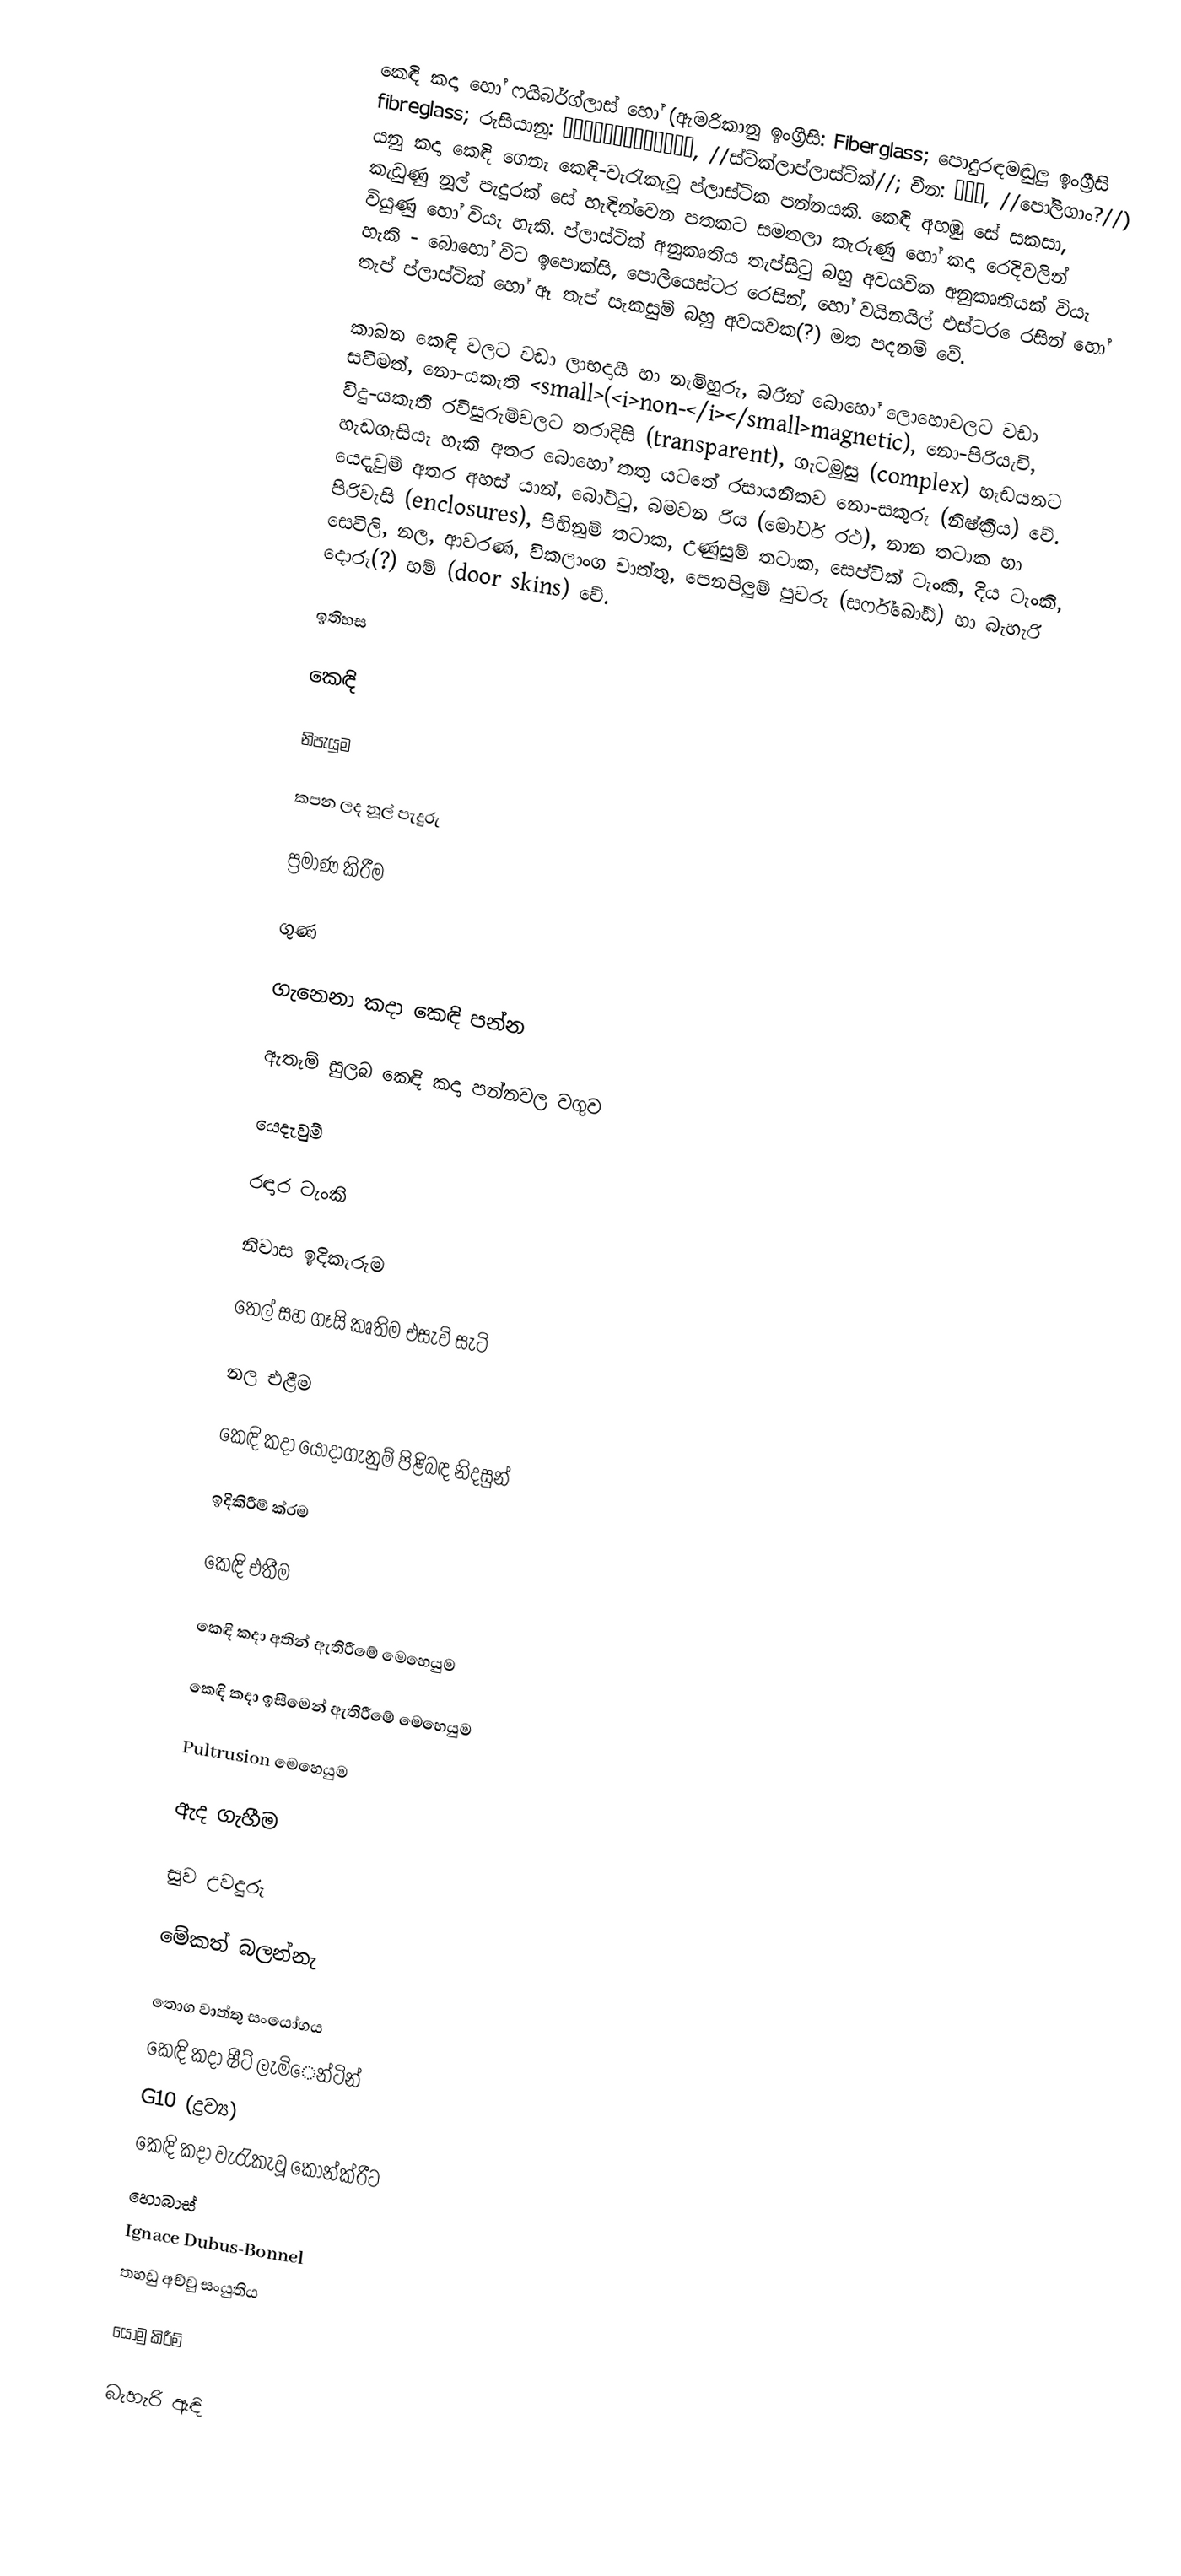
කෙඳි කදා හෝ ෆයිබර්ග්ලාස් හෝ (ඇමරිකානු ඉංග්‍රීසි: Fiberglass; පොදුරඳමඬුලු ඉංග්‍රීසි fibreglass; රුසියානු: Стеклопластик, //ස්ටික්ලාප්ලාස්ටික්//; චීන: 玻璃鋼, //පෝලීගාං?//) යනු කදා කෙඳි ගෙනැ කෙඳි-වැරැකැවූ ප්ලාස්ටික පන්නයකි. කෙඳි අහඹු සේ සකසා, කැඩුණු නූල් පැදුරක් සේ හැඳින්වෙන පතකට සමතලා කැරුණු හෝ කදා රෙදිවලින් වියුණු හෝ වියැ හැකි. ප්ලාස්ටික් අනුකෘතිය තැප්සිටු බහු අවයවික අනුකෘතියක් වියැ හැකි - බොහෝ විට ඉපොක්සි, පොලියෙස්ටර රෙසින්, හෝ වයිනයිල් එස්ටර ෙරසින් හෝ තැප් ප්ලාස්ටික් හෝ ඈ තැප් සැකසුම් බහු අවයවක(?) මත පදනම් වේ.

කාබන කෙඳි වලට වඩා ලාභදායී හා නැමිහුරු, බරින් බොහෝ ලොහොවලට වඩා සවිමත්, නො-යකැති <small>(<i>non-</i></small>magnetic), නො-පිරියැවි, විදු-යකැති රවිසුරුම්වලට තරාදිසි (transparent), ගැටමුසු (complex) හැඩයනට හැඩගැසියැ හැකි අතර බොහෝ තතු යටතේ රසායනිකව නො-සකුරු (නිෂ්ක්‍රීය) වේ. යෙදැවුම් අතර අහස් යාන්, බෝට්ටු, බමවන රිය (මෝටර් රථ), නාන තටාක හා පිරිවැසි (enclosures), පිහිනුම් තටාක, උණුසුම් තටාක, සෙප්ටික් ටැංකි, දිය ටැංකි, සෙවිලි, නල, ආවරණ, විකලාංග වාත්තු, පෙනපිලුම් පුවරු (සර්ෆ්බෝඩ්) හා බැහැරි දොරු(?) හම් (door skins) වේ.

ඉතිහස

කෙඳි

නිපැයුම

කපන ලද නූල් පැදුරු

ප්‍රමාණ කිරීම

ගුණ

ගැනෙනා කදා කෙඳි පන්න

ඇතැම් සුලබ කෙඳි කදා පන්නවල වගුව

යෙදැවුම්

රඳාර ටැංකි

නිවාස ඉදිකැරුම

තෙල් සහ ගෑසි කෘතිම එසැවි සැටි

නල එළීම

කෙඳි කදා යොදාගැනුම් පිළිබඳ නිදසුන්

ඉදිකිරීම් ක්රම

කෙඳි එතීම

කෙඳි කදා අතින් ඇතිරීමේ මෙහෙයුම

කෙඳි කදා ඉසීමෙන් ඇතිරීමේ මෙහෙයුම

Pultrusion මෙහෙයුම

ඇද ගැහීම

සුව උවදුරු

මේකත් බලන්නැ

 තොග වාත්තු සංයෝගය
 කෙඳි කදා ෂීට් ලැමිෙන්ටින්
 G10 (ද්‍රව්‍ය)
 කෙඳි කදා වැරැකැවූ කොන්ක්රීට
 හොබාස්
 Ignace Dubus-Bonnel
 තහඩු අච්චු සංයුතිය

යොමු කිරීම්

බැහැරි ඈඳි